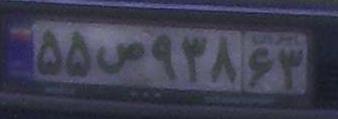
۵۵ص۹۳۸۶۳